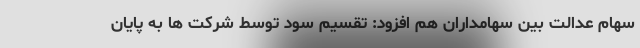
سهام عدالت بین سهامداران هم افزود: تقسیم سود توسط شرکت ها به پایان